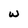
Character: w